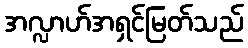
အလ္လာဟ်အရှင်မြတ်သည်